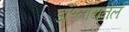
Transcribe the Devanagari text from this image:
डॉ॰लायनेल